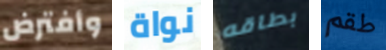
وأفترض نواة بطاقه طقم